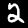
Label: 2